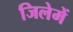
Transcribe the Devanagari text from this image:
जिलेमें